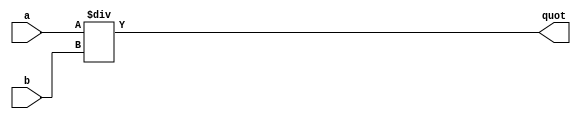
`timescale 1ns / 1ps
//////////////////////////////////////////////////////////////////////////////////
// Module Name: DIV
// Group: amarnathajay_ankurlimaye
//////////////////////////////////////////////////////////////////////////////////


module DIV( a, b, quot );

    parameter DATAWIDTH = 2;
    input [DATAWIDTH-1:0] a, b;
    output reg [DATAWIDTH-1:0] quot;
    
    always @ ( a, b ) begin
        quot <= a / b;
    end

endmodule